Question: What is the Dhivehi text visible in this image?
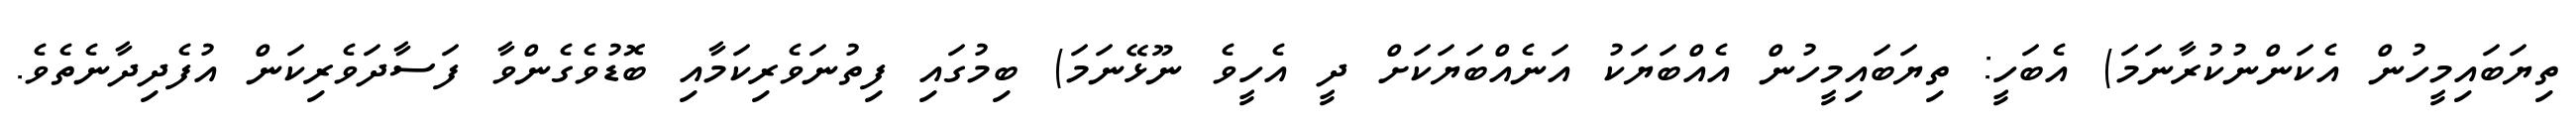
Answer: ތިޔަބައިމީހުން އެކަންނުކުރާނަމަ) އެބަހީ: ތިޔަބައިމީހުން އެއްބަޔަކު އަނެއްބަޔަކަށް ދީ އެހީވެ ނޫޅޭނަމަ) ބިމުގައި ފިތުނަވެރިކަމާއި ބޮޑުވެގެންވާ ފަސާދަވެރިކަން އުފެދިދާނެތެވެ.